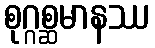
စုဂ္ဂစ္ဆမာနဿ